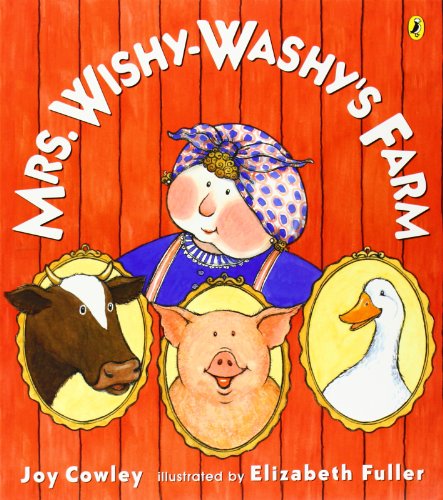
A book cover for Mrs. Wishy-Washy's Farm; Joy Cowley; Children's Books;